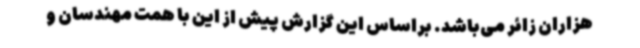
هزاران زائر می‌باشد. براساس این گزارش پیش از این با همت مهندسان و